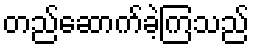
တည်ဆောက်ခဲ့ကြသည်